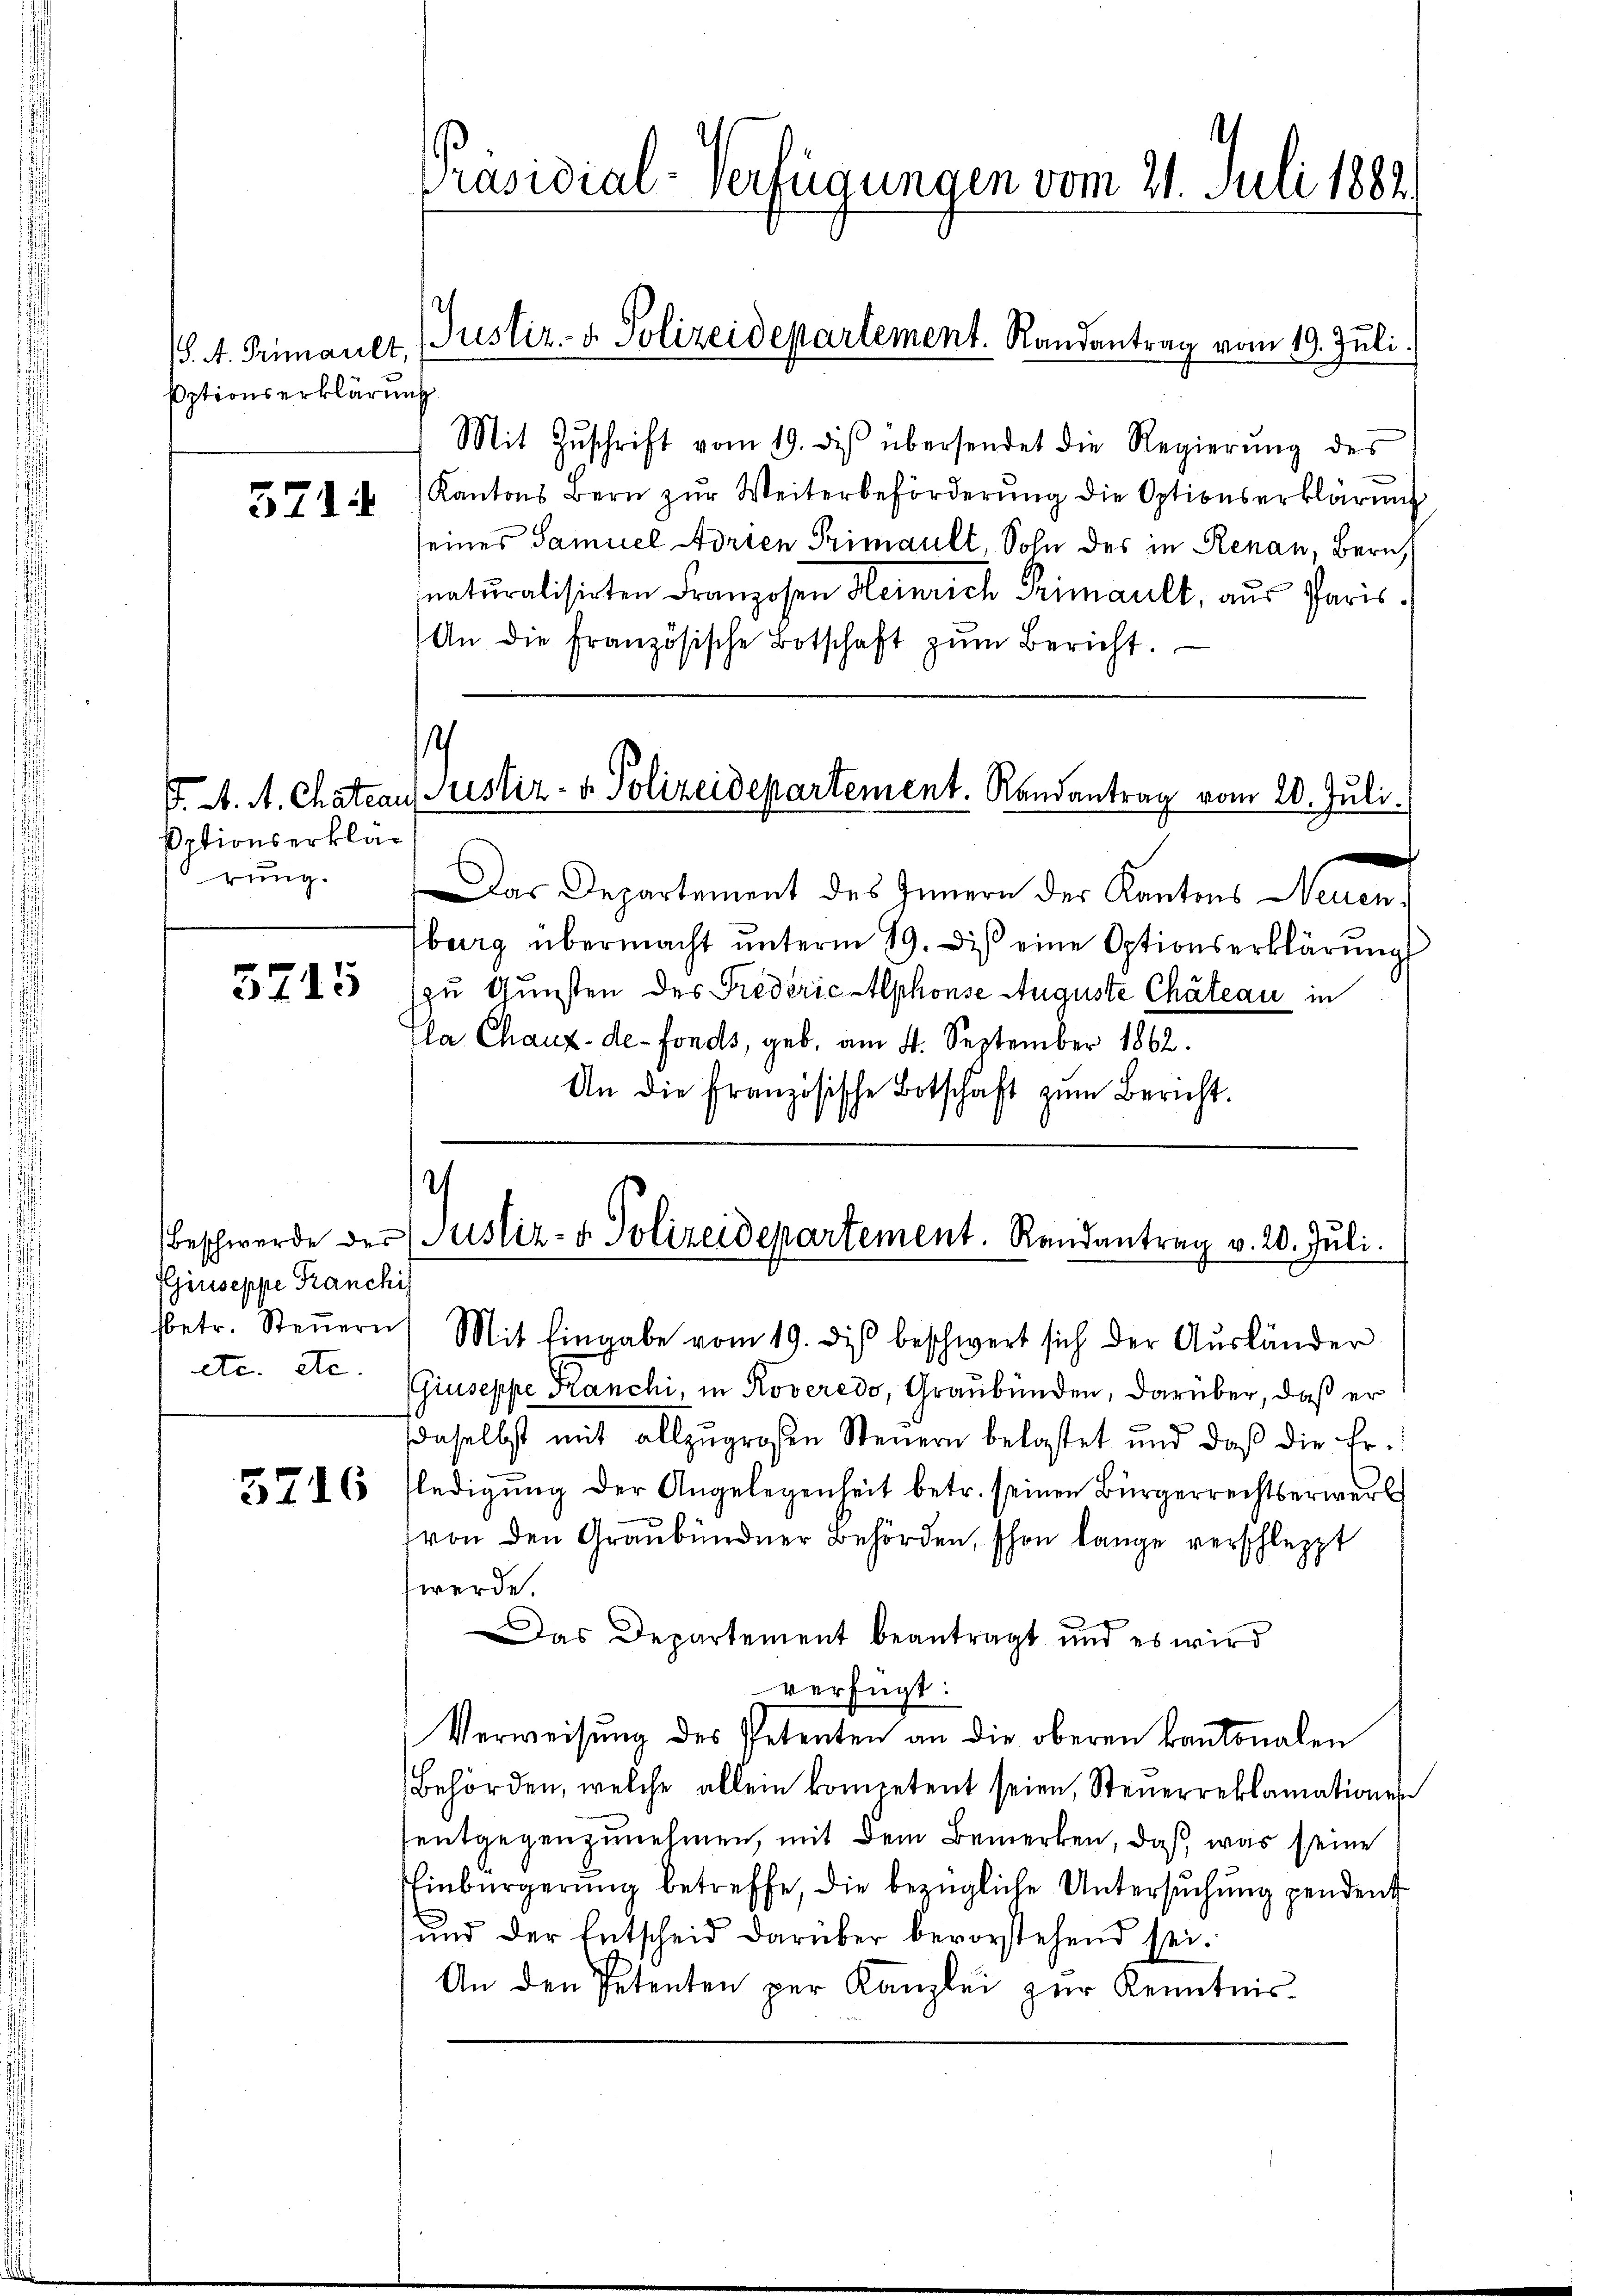
S. A. Primarlt,
Eptionserklärung

5714

sptionserklärung.

3715

Giuseppe Franchi

5716

Präsidial-Verfügungen vom 21. Juli 1882

Justiz- & Polizeidepartement. Randantrag vom 19. Juli.

Mit Zŭschrift vom 19. des übersendet die Regierŭng des
Kantons Bern zŭr Weiterbeförderŭng die Optionserklärŭng
eines Samuel Adrien Primault, Sohn des in Renau, Bern,
snaturalisirten Franzosen Heinrich Primault, aus Paris
An die französische Botschaft zŭm Bericht.
s
F. A. A. Chateaus ustiz- & Polizeidepartement. Randantrag vom 20. Juli.
Das Departement des Innern der Kantons Neuenburg übermacht unterm 19. Dis eine Optionserklärung

zu Gunsten des Friederić Alphonse Auguste Chateau in
la Chaux-de-Fonds, geb. am 4. September 1862.
An die französische Botschaft zŭm Bericht.

sbetr. Steŭern. Mit Eingabe vom 19. diβ beschwert sich der Aŭsländer
etc. etc. Giuseppe Franchi, in Roveredo, Graubünden, darüber, daß er
daselbst mit allzŭgroßen Steŭern belastet und daß die Er-
fledigung der Angelegenheit betr. seinen Bürgerrechtserwerb
von den Graubündner Behörden, schon lange verschleppt
werde.
Das Departement beantragt und es wird
verfügt:
Verweisung des Petenten an die oberen kantonalen
Behörden, welche allein kompetent seien, Steuerreklamationen
entgegenzunehmen, mit dem Bemerken, daß, was seine
Einbürgerung betreffe, die bezügliche Untersuchung pendent
und der Entscheid darüber bevorstehend sei.
An den Petenten per Kanzlei zŭr Kenntnis

.
Beschwerde der Justiz- & Polizeidepartement. Randantrag v. 20. Juli.